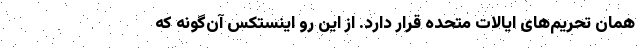
همان تحریم‌های ایالات متحده قرار دارد. از این رو اینستکس آن‌گونه که